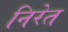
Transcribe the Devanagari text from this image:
निरेत